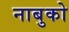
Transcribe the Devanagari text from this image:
नाबुको